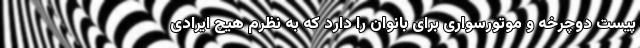
پیست دوچرخه و موتورسواری برای بانوان را دارد که به نظرم هیچ ایرادی